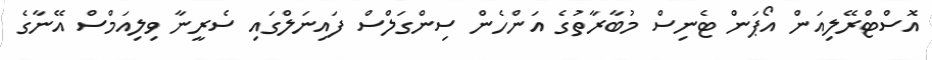
އޮސްޓްރޭލިއަން އޯޕަން ޓެނިސް މުބާރާތުގެ އަންހެން ސިންގަލްސް ފައިނަލްގައި ސެރީނާ ވިލިއަމްސް އޭނާގެ